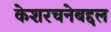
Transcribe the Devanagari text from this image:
केशरचनेबद्दल